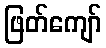
ဖြတ်ကျော်